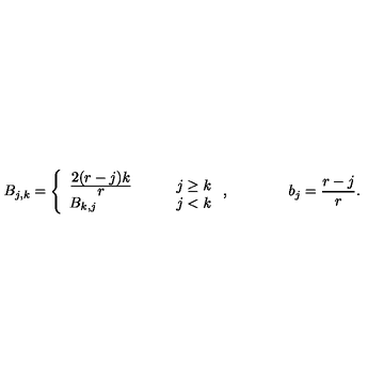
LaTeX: B _ { j , k } = \left\{ \begin{array} { l l } { \frac { \displaystyle 2 ( r - j ) k } { \displaystyle r } \qquad } & { j \geq k } \\ { B _ { k , j } } & { j < k } \\ \end{array} \right. , \qquad \qquad b _ { j } = \frac { r - j } { r } .